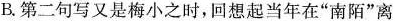
B.第二句写又是梅小之时，回想起当年在”南阳”离